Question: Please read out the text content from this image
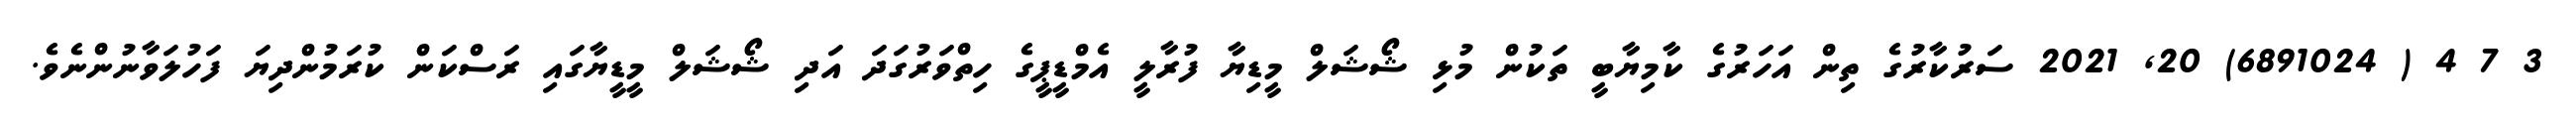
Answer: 3 7 4 ( 6891024) 20, 2021 ސަރުކާރުގެ ތިން އަހަރުގެ ކާމިޔާބީ ތަކުން މުޅި ޝޯޝަލް މީޑިޔާ ފުރާލީ އެމްޑީޕީގެ ހިތްވަރުގަދަ އަދި ޝޯޝަލް މީޑީޔާގައި ރަސްކަން ކުރަމުންދިޔަ ފަހުލަވާނުންނެވެ.